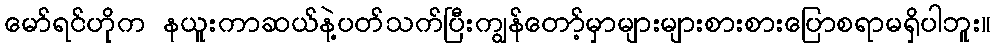
မော်ရင်ဟိုက နယူးကာဆယ်နဲ့ပတ်သက်ပြီးကျွန်တော့်မှာများများစားစားပြောစရာမရှိပါဘူး။